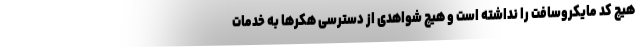
هیچ کد مایکروسافت را نداشته است و هیچ شواهدی از دسترسی هکرها به خدمات